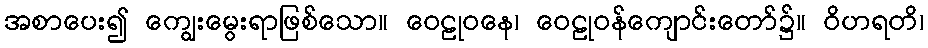
အစာပေး၍ ကျွေးမွေးရာဖြစ်သော။ ဝေဠုဝနေ၊ ဝေဠုဝန်ကျောင်းတော်၌။ ဝိဟရတိ၊